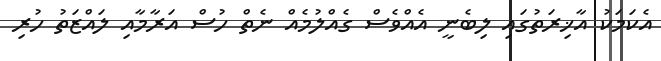
އެކަމަކު އާޚިރަތުގައި ލިބެނީ އެއްވެސް ގެއްލުމެއް ނެތް ހުސް އަރާމާއި ލައްޒަތު ހުރި